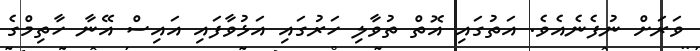
ވަރަށް ނުފެނެއެވެ. އަތުގައި އޮތް ތުވާލި ހަރުގައި އަޅުވާފައި އައިސް އޭނާ ހާތިމްގެ